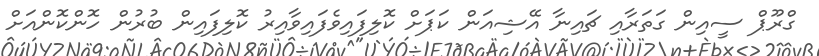
ގްރޫޕް ސީއިން ގަތަރާއި ޗައިނާ އޭޝިއަން ކަޕަށް ކޮލިފައިވެފައިވާއިރު ކޮލިފައިން ބުރުން ހޮންކޮންއަށް